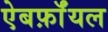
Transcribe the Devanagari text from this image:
ऐबर्फ़ाॅयल